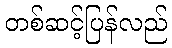
တစ်ဆင့်ပြန်လည်